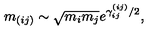
m _ { ( i j ) } \sim \sqrt { m _ { i } m _ { j } } e ^ { \gamma _ { i j } ^ { ( i j ) } / 2 } ,